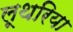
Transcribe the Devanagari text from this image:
लूथरिया